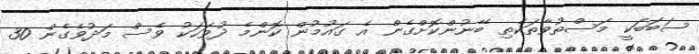
ސަބަބަކީ މަސްތުވާތަކެތި ބޭނުންކޮށްގެން އެ ގައުމުން ކޮންމެ ދުވަހަކު ވެސް މަދުވެގެން 30